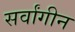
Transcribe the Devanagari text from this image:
सर्वांगीन